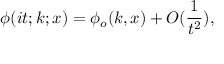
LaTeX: \phi ( i t ; k ; x ) = \phi _ { o } ( k , x ) + O ( \frac { 1 } { t ^ { 2 } } ) ,